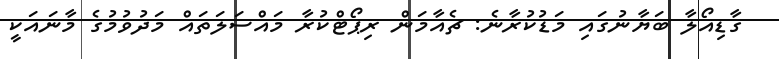
ގާޑިއޯލާ ބަޔާނުގައި މަޑުކުރާނެ: ޗެއާމަން ރިޕޯޓްކުރާ މައްސަލަތައް މަދުވުމުގެ މާނައަކީ